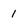
Character: 1